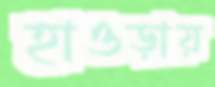
হাওড়ায়